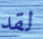
لقد